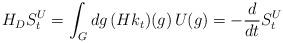
LaTeX: \begin{align*}H_DS^U_t=\int_Gdg\,(Hk_t)(g)\,U(g)=-{{d}\over{dt}}S^U_t\end{align*}